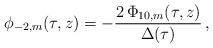
LaTeX: \begin{align*} \phi_{-2,m}(\tau,z) = -\frac{2\,\Phi_{10,m}(\tau,z)}{\Delta(\tau)}\,,\end{align*}